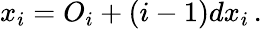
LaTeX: x_{i}=O_{i}+(i-1)dx_{i}\, .